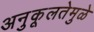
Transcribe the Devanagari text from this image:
अनुकूलतेमुळे